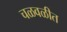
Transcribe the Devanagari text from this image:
चळवळीत